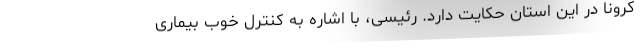
کرونا در این استان حکایت دارد. رئیسی، با اشاره به کنترل خوب بیماری